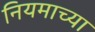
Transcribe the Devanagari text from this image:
नियमाच्या